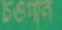
চওগান